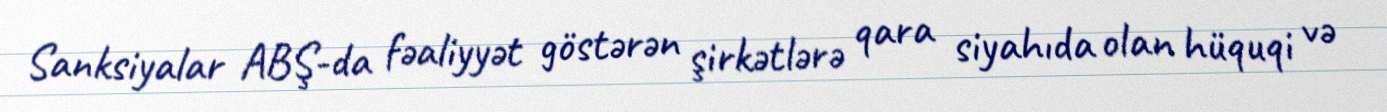
Sanksiyalar ABŞ-da fəaliyyət göstərən şirkətlərə qara siyahıda olan hüquqi və